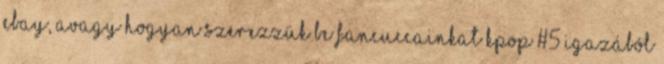
EBAY, avagy hogyan szerezzük be fancuccainkat KPOP #5 Igazából